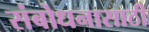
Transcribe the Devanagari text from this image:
संबोधनासाठी